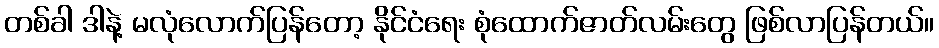
တစ်ခါ ဒါနဲ့ မလုံလောက်ပြန်တော့ နိုင်ငံရေး စုံထောက်ဇာတ်လမ်းတွေ ဖြစ်လာပြန်တယ်။